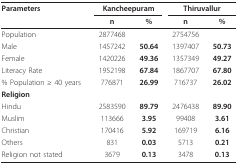
| Parameters | <COLSPAN=2> Kancheepuram | <COLSPAN=2> Thiruvallur |
 |  | n | % | n | % |
 | --- | --- | --- | --- | --- |
 | Population | 2877468 |  | 2754756 |  |
 | Male | 1457242 | 50.64 | 1397407 | 50.73 |
 | Female | 1420226 | 49.36 | 1357349 | 49.27 |
 | Literacy Rate | 1952198 | 67.84 | 1867707 | 67.80 |
 | % Population ≥ 40 years | 776871 | 26.99 | 716737 | 26.02 |
 | Religion |  |  |  |  |
 | Hindu | 2583590 | 89.79 | 2476438 | 89.90 |
 | Muslim | 113666 | 3.95 | 99408 | 3.61 |
 | Christian | 170416 | 5.92 | 169719 | 6.16 |
 | Others | 831 | 0.03 | 5713 | 0.21 |
 | Religion not stated | 3679 | 0.13 | 3478 | 0.13 |